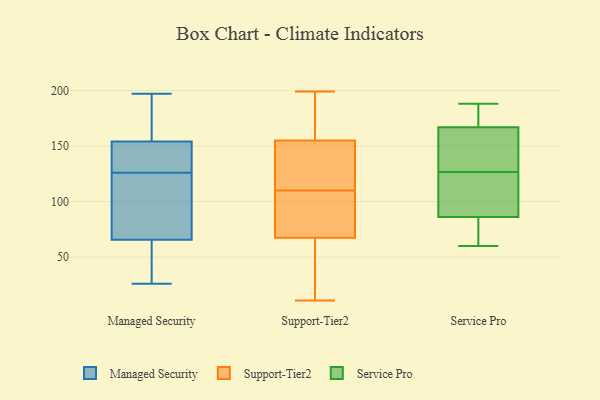
{"axis": {"x": "Humidity (%)", "y": "Value"}, "legend": ["Managed Security", "Service Pro", "Support-Tier2"], "data": [{"x": "", "y": 159, "type": "Managed Security"}, {"x": "", "y": 45, "type": "Managed Security"}, {"x": "", "y": 149, "type": "Managed Security"}, {"x": "", "y": 86, "type": "Managed Security"}, {"x": "", "y": 175, "type": "Managed Security"}, {"x": "", "y": 26, "type": "Managed Security"}, {"x": "", "y": 111, "type": "Managed Security"}, {"x": "", "y": 87, "type": "Managed Security"}, {"x": "", "y": 141, "type": "Managed Security"}, {"x": "", "y": 33, "type": "Managed Security"}, {"x": "", "y": 197, "type": "Managed Security"}, {"x": "", "y": 148, "type": "Managed Security"}, {"x": "", "y": 50, "type": "Support-Tier2"}, {"x": "", "y": 143, "type": "Support-Tier2"}, {"x": "", "y": 163, "type": "Support-Tier2"}, {"x": "", "y": 18, "type": "Support-Tier2"}, {"x": "", "y": 11, "type": "Support-Tier2"}, {"x": "", "y": 28, "type": "Support-Tier2"}, {"x": "", "y": 121, "type": "Support-Tier2"}, {"x": "", "y": 92, "type": "Support-Tier2"}, {"x": "", "y": 108, "type": "Support-Tier2"}, {"x": "", "y": 87, "type": "Support-Tier2"}, {"x": "", "y": 198, "type": "Support-Tier2"}, {"x": "", "y": 56, "type": "Support-Tier2"}, {"x": "", "y": 199, "type": "Support-Tier2"}, {"x": "", "y": 79, "type": "Support-Tier2"}, {"x": "", "y": 167, "type": "Support-Tier2"}, {"x": "", "y": 112, "type": "Support-Tier2"}, {"x": "", "y": 150, "type": "Support-Tier2"}, {"x": "", "y": 160, "type": "Support-Tier2"}, {"x": "", "y": 130, "type": "Support-Tier2"}, {"x": "", "y": 85, "type": "Support-Tier2"}, {"x": "", "y": 167, "type": "Service Pro"}, {"x": "", "y": 64, "type": "Service Pro"}, {"x": "", "y": 170, "type": "Service Pro"}, {"x": "", "y": 89, "type": "Service Pro"}, {"x": "", "y": 185, "type": "Service Pro"}, {"x": "", "y": 134, "type": "Service Pro"}, {"x": "", "y": 164, "type": "Service Pro"}, {"x": "", "y": 86, "type": "Service Pro"}, {"x": "", "y": 154, "type": "Service Pro"}, {"x": "", "y": 84, "type": "Service Pro"}, {"x": "", "y": 92, "type": "Service Pro"}, {"x": "", "y": 82, "type": "Service Pro"}, {"x": "", "y": 127, "type": "Service Pro"}, {"x": "", "y": 90, "type": "Service Pro"}, {"x": "", "y": 126, "type": "Service Pro"}, {"x": "", "y": 60, "type": "Service Pro"}, {"x": "", "y": 188, "type": "Service Pro"}, {"x": "", "y": 184, "type": "Service Pro"}]}